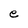
Character: e